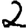
Digit: 2